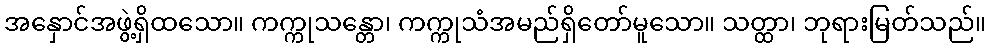
အနှောင်အဖွဲ့ရှိထသော။ ကက္ကုသန္တော၊ ကက္ကုသံအမည်ရှိတော်မူသော။ သတ္ထာ၊ ဘုရားမြတ်သည်။